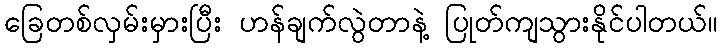
ခြေတစ်လှမ်းမှားပြီး ဟန်ချက်လွဲတာနဲ့ ပြုတ်ကျသွားနိုင်ပါတယ်။